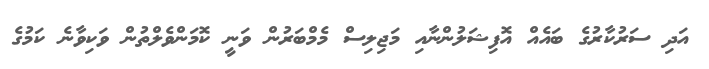
އަދި ސަރުކާރުގެ ބައެއް އޮފިޝަލުންނާއި މަޖިލިސް މެމްބަރުން ވަނީ ކޮމަންވެލްތުން ވަކިވާނެ ކަމުގެ